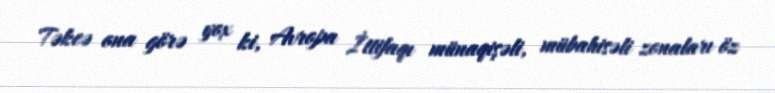
Təkcə ona görə yox ki, Avropa İttifaqı münaqişəli, mübahisəli zonaları öz